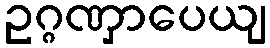
ဥဂ္ဂဏှာပေယျ